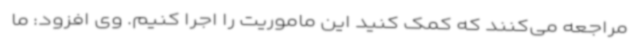
مراجعه می‌کنند که کمک کنید این ماموریت را اجرا کنیم. وی افزود: ما